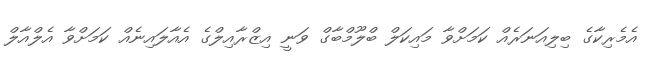
އެމެރިކާގެ ބިލިއަނަރެއް ކަމަށްވާ މައިކަލް ބްލޫމްބާގް ވަނީ އިޒްރާއިލްގެ އެއާލައިނެއް ކަމަށްވާ އެލްއާލް